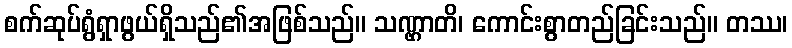
စက်ဆုပ်ရွံရှာဖွယ်ရှိသည်၏အဖြစ်သည်။ သဏ္ဌာတိ၊ ကောင်းစွာတည်ခြင်းသည်။ တဿ၊